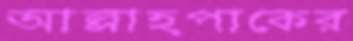
আল্লাহপাকের